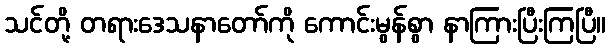
သင်တို့ တရားဒေသနာတော်ကို ကောင်းမွန်စွာ နာကြားပြီးကြပြီ။